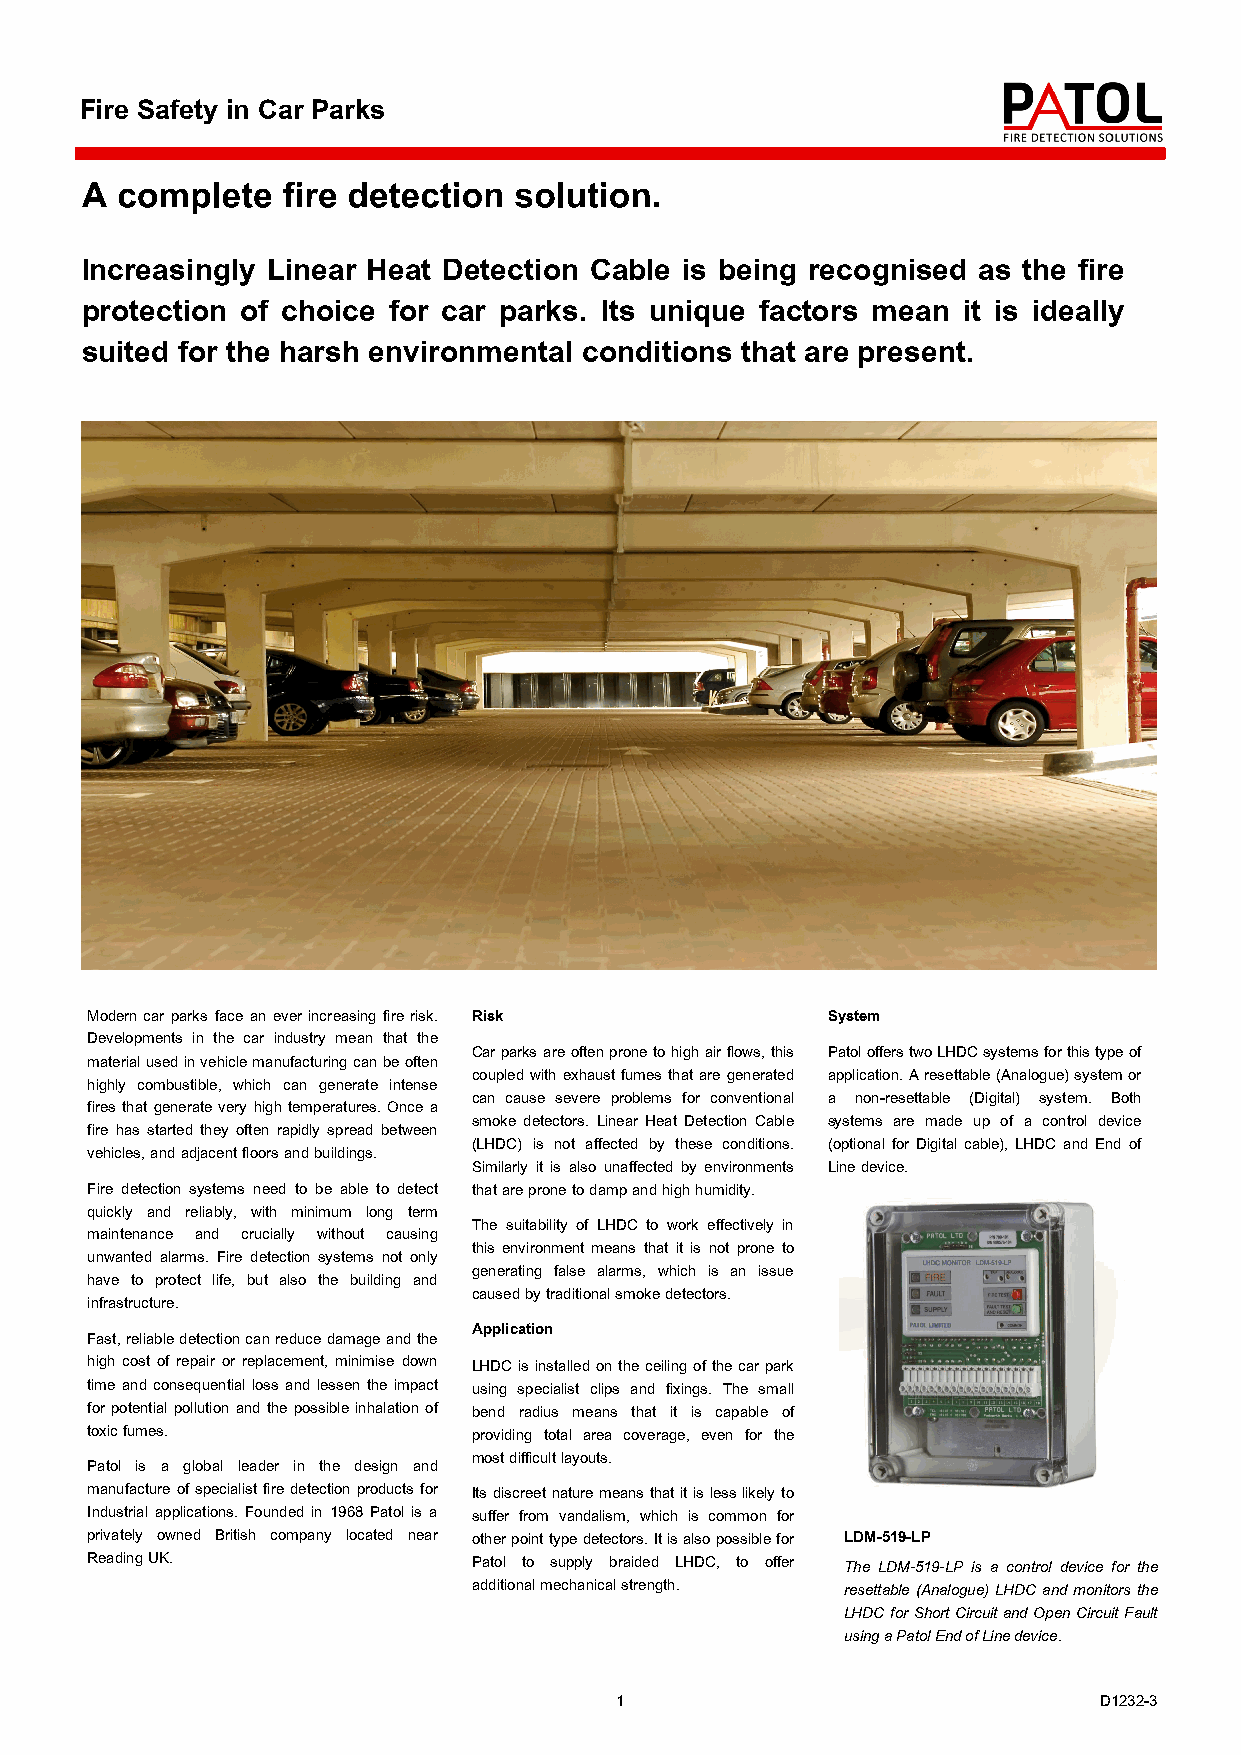
Fire Safety in Car Parks
 A  complete   fire detection solution.
 Increasingly Linear Heat Detection Cable is being recognised as the fire
 protection of choice for car parks. Its unique factors mean it is ideally
 suited for the harsh environmental conditions that are present.
 Modern car parks face an ever increasing fire risk. Risk System
 Developments in the car industry mean that the
 Car parks are often prone to high air flows, this Patol offers two LHDC systems for this type of
 material used in vehicle manufacturing can be often
 coupled with exhaust fumes that are generated application. A resettable (Analogue) system or
 highly combustible, which can generate intense
 can cause severe problems for conventional a non-resettable (Digital) system. Both
 fires that generate very high temperatures. Once a
 smoke detectors. Linear Heat Detection Cable systems are made up of a control device
 fire has started they often rapidly spread between
 (LHDC) is not affected by these conditions. (optional for Digital cable), LHDC and End of
 vehicles, and adjacent floors and buildings.
 Similarly it is also unaffected by environments Line device.
 Fire detection systems need to be able to detect that are prone to damp and high humidity.
 quickly and reliably, with minimum long term
 The suitability of LHDC to work effectively in
 maintenance and crucially without causing
 this environment means that it is not prone to
 unwanted alarms. Fire detection systems not only
 generating false alarms, which is an issue
 have to protect life, but also the building and
 caused by traditional smoke detectors.
 infrastructure.
 Application
 Fast, reliable detection can reduce damage and the
 high cost of repair or replacement, minimise down LHDC is installed on the ceiling of the car park
 time and consequential loss and lessen the impact using specialist clips and fixings. The small
 for potential pollution and the possible inhalation of bend radius means that it is capable of
 toxic fumes.             providing total area coverage, even for the
 most difficult layouts.
 Patol is a global leader in the design and
 manufacture of specialist fire detection products for Its discreet nature means that it is less likely to
 Industrial applications. Founded in 1968 Patol is a suffer from vandalism, which is common for
 privately owned British company located near other point type detectors. It is also possible for LDM-519-LP
 Reading UK.              Patol to supply braided LHDC, to offer The LDM-519-LP is a control device for the
 additional mechanical strength. resettable (Analogue) LHDC and monitors the
 LHDC for Short Circuit and Open Circuit Fault
 using a Patol End of Line device.
 1                               D1232-3